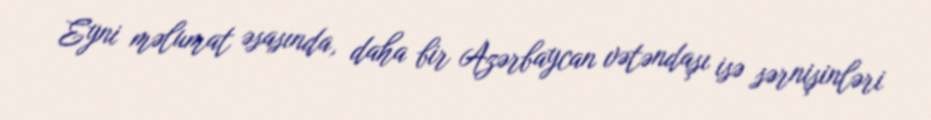
Eyni məlumat əsasında, daha bir Azərbaycan vətəndaşı isə sərnişinləri